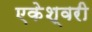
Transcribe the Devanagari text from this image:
एकेश्वरी